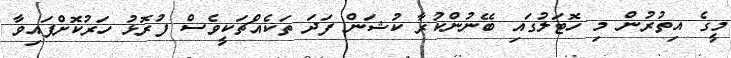
މީގެ އިތުރުން މި ހޮޓަލުގައި ބޭނުންކުރާ ކުޝަން ފަދަ ތަކެއްޗަކީވެސް ފުރޮޅު ހަރުކޮށްފައިވާ